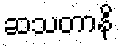
ဆသတာနိ